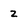
Character: 2